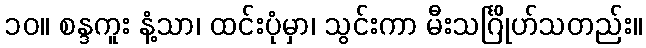
၁၀။ စန္ဒကူး နံ့သာ၊ ထင်းပုံမှာ၊ သွင်းကာ မီးသင်္ဂြိုဟ်သတည်း။